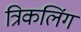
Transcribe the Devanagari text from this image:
त्रिकलिंग